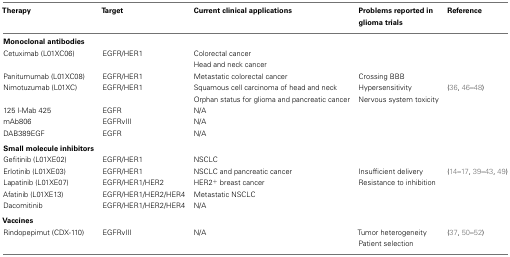
<table><thead><tr><td><b>Therapy</b></td><td><b>Target</b></td><td><b>Current clinical applications</b></td><td><b>Problems reported in glioma trials</b></td><td><b>Reference</b></td></tr></thead><tbody><tr><td><b>Monoclonal antibodies</b></td></tr><tr><td>Cetuximab (L01XC06)</td><td>EGFR/HER1</td><td>Colorectal cancer</td><td></td><td></td></tr><tr><td></td><td></td><td>Head and neck cancer</td><td></td><td></td></tr><tr><td>Panitumumab (L01XC08)</td><td>EGFR/HER1</td><td>Metastatic colorectal cancer</td><td>Crossing BBB</td><td></td></tr><tr><td>Nimotuzumab (L01XC)</td><td>EGFR/HER1</td><td>Squamous cell carcinoma of head and neck</td><td>Hypersensitivity</td><td>(36, 46–48)</td></tr><tr><td></td><td></td><td>Orphan status for glioma and pancreatic cancer</td><td>Nervous system toxicity</td><td></td></tr><tr><td>125 I-Mab 425</td><td>EGFR</td><td>N/A</td><td></td><td></td></tr><tr><td>mAb806</td><td>EGFRvIII</td><td>N/A</td><td></td><td></td></tr><tr><td>DAB389EGF</td><td>EGFR</td><td>N/A</td><td></td><td></td></tr><tr><td><b>Small molecule inhibitors</b></td></tr><tr><td>Gefitinib (L01XE02)</td><td>EGFR/HER1</td><td>NSCLC</td><td></td><td></td></tr><tr><td>Erlotinib (L01XE03)</td><td>EGFR/HER1</td><td>NSCLC and pancreatic cancer</td><td>Insufficient delivery</td><td>(14–17, 39–43, 49)</td></tr><tr><td>Lapatinib (L01XE07)</td><td>EGFR/HER1/HER2</td><td>HER2<sup>+</sup> breast cancer</td><td>Resistance to inhibition</td><td></td></tr><tr><td>Afatinib (L01XE13)</td><td>EGFR/HER1/HER2/HER4</td><td>Metastatic NSCLC</td><td></td><td></td></tr><tr><td>Dacomitinib</td><td>EGFR/HER1/HER2/HER4</td><td>N/A</td><td></td><td></td></tr><tr><td><b>Vaccines</b></td></tr><tr><td>Rindopepimut (CDX-110)</td><td>EGFRvIII</td><td>N/A</td><td>Tumor heterogeneity</td><td>(37, 50–52)</td></tr><tr><td></td><td></td><td></td><td>Patient selection</td><td></td></tr></tbody></table>